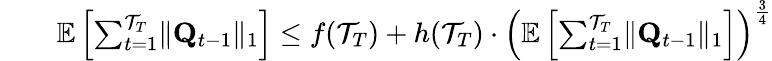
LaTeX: \begin{array}{rl}&{\quad\mathbb E\left[\sum_{t=1}^{\mathcal T_{T}}\lVert\mathbf Q_{t-1}\rVert_{1}\right]\le f(\mathcal T_{T})+h(\mathcal T_{T})\cdot\left(\mathbb E\left[\sum_{t=1}^{\mathcal T_{T}}\lVert\mathbf Q_{t-1}\rVert_{1}\right]\right)^{\frac 34}}\end{array}